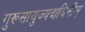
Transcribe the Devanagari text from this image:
गुरूसायुज्यदायिनीम्